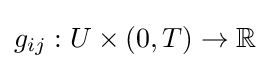
g_{ij}:U\times (0,T)\to \mathbb {R}